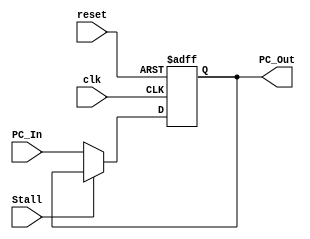
`timescale 1ns / 1ps
module Program_Counter(
    input clk,
    input reset,
    input Stall,
    input [63:0] PC_In,
    output reg [63:0] PC_Out
    );
//if reset, we set PC_Out to 0, otherwise it's PC_In
always @(posedge clk or posedge reset)
begin
    if (reset)
        PC_Out = 64'b0;
        
    else if (Stall)
        PC_Out = PC_Out;          //stay in old instruction
    else
        PC_Out = PC_In;
end
endmodule